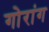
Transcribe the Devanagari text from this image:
गोरांग